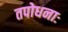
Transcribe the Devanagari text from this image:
तपोधनाः